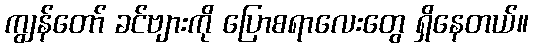
ကျွန်တော် ခင်ဗျားကို ပြောစရာလေးတွေ ရှိနေတယ်။